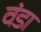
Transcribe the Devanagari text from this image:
वंडा